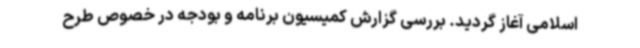
اسلامی آغاز گردید. بررسی گزارش کمیسیون برنامه و بودجه در خصوص طرح